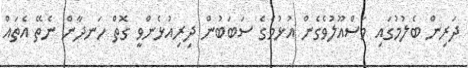
ދަރިން ބެލުމުގައި މަސްއޫލުވެގެން އުޅުމެގެ ސަބަބުން ދިރިއުޅެންވީ ގޮތް ހަނދާން ނެތޭ އެތައް